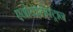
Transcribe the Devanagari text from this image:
एनोडइलेक्ट्रान